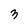
Character: 3